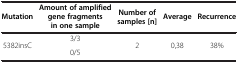
<table><thead><tr><td><b>Mutation</b></td><td><b>Amount of amplified gene fragments in one sample</b></td><td><b>Number of samples [n]</b></td><td><b>Average</b></td><td><b>Recurrence</b></td></tr></thead><tbody><tr><td>5382insC</td><td>3/3</td><td>2</td><td>0,38</td><td>38%</td></tr><tr><td> </td><td>0/5</td><td> </td><td> </td><td> </td></tr></tbody></table>